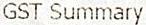
GST SUMMARY